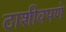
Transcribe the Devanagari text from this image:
ठाशीवपणे